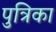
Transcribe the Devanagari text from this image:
पुत्रिका